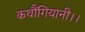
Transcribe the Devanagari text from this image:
कथौंगियानी।।